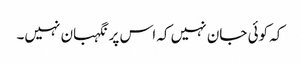
کہ کوئی جان نہیں کہ اس پر نگہبان نہیں۔